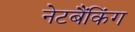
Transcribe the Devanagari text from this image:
नेटबैंकिंग